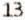
13